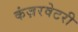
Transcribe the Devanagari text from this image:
कंज़रवेटरी